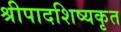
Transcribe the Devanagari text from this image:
श्रीपादशिष्यकृत